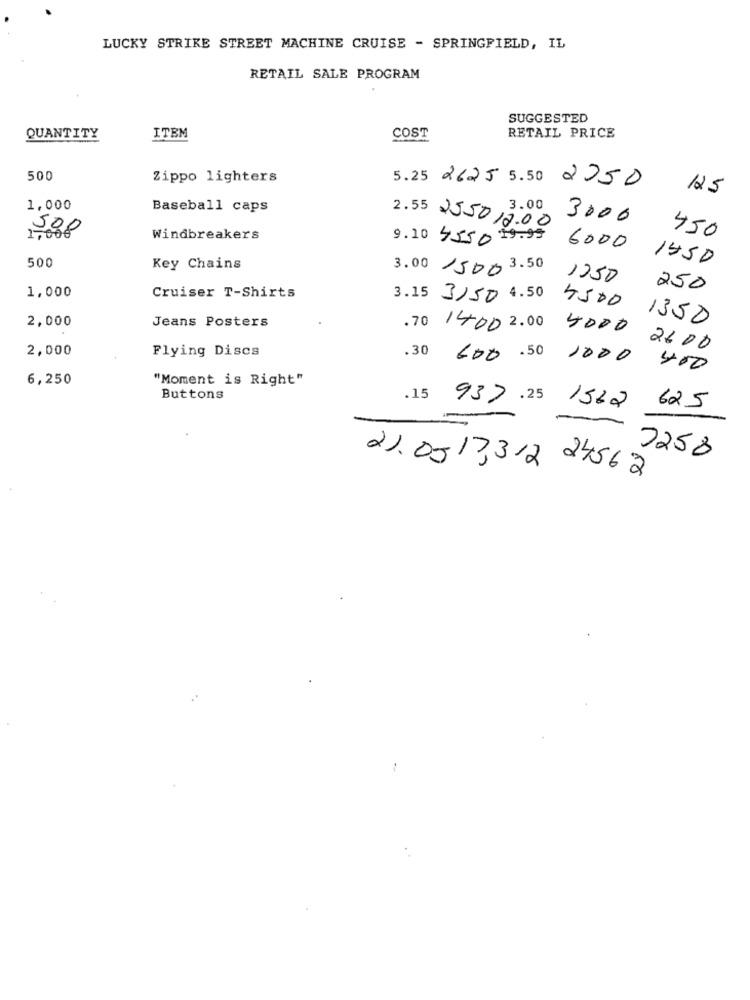
LUCKY STRIKE STREET MACHINE CRUISE - SPRINGFIELD, IL
RETAIL SALE PROGRAM
SUGGESTED
COST
QUANTITY
ITEM
RETAIL PRICE
500
Zippo lighters
5.25 2625 5.50 2050
12.5
1,000
Baseball caps
3.00
3000
2.55 255012.00
450
1,00€
Windbreakers
9.10 4550 79.95 6000
500
1450
Key Chains
3.00 /500 3.50
1250
250
1,000
Cruiser T-Shirts
3.15 3,50 4.50 4500
Jeans Posters
1350
2,000
2,000
Flying Discs
.70 1400 2.00 4000 2600
.30
600 .50 1000 400
6,250
"Moment is Right"
Buttons
.15
937.25 1562
625
7258
21.05/3312
24562